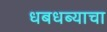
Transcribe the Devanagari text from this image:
धबधब्याचा